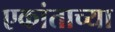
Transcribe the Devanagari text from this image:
एकांताच्या